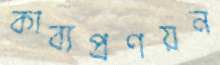
কাব্যপ্রণয়ন